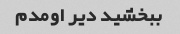
ببخشید دیر اومدم